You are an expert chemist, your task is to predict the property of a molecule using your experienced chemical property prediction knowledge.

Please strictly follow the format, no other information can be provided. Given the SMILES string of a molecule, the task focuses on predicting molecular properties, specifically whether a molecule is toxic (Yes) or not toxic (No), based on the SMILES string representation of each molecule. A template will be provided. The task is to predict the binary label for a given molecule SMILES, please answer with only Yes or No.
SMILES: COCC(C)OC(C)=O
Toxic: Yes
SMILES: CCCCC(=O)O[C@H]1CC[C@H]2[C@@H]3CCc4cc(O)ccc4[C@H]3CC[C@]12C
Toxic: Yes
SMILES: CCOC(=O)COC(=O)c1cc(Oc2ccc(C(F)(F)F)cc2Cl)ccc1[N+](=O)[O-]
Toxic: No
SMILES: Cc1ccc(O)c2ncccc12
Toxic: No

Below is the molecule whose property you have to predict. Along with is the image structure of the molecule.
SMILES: CC(=O)OCC(=O)[C@H]1CC[C@H]2[C@@H]3CC[C@H]4C[C@H](O)CC[C@]4(C)[C@H]3C(=O)C[C@]12C
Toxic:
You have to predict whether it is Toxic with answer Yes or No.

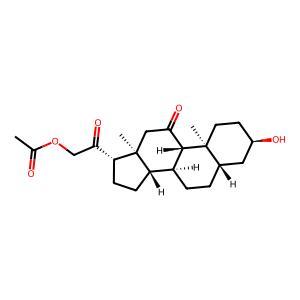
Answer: No